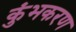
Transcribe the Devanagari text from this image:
कुंभकरण